Plague in India, 1896, 1897 - Volume 3
Year: 1896
Disease focus: Plague
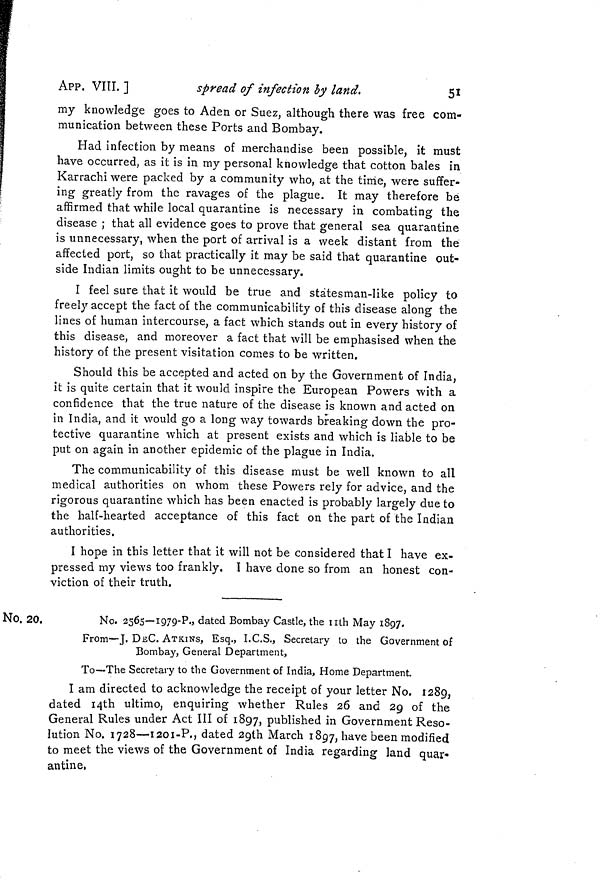
APP. VIII. ]
spread of infection by land.
51
my knowledge goes to Aden or Suez, although there was free com-
munication between these Ports and Bombay.
Had infection by means of merchandise been possible, it must
have occurred, as it is in my personal knowledge that cotton bales in
Karrachi were packed by a community who, at the time, were suffer-
ing greatly from the ravages of the plague. It may therefore be
affirmed that while local quarantine is necessary in combating the
disease ; that all evidence goes to prove that general sea quarantine
is unnecessary, when the port of arrival is a week distant from the
affected port, so that practically it may be said that quarantine out-
side Indian limits ought to be unnecessary.
I feel sure that it would be true and statesman-like policy to
freely accept the fact of the communicability of this disease along the
lines of human intercourse, a fact which stands out in every history of
this disease, and moreover a fact that will be emphasised when the
history of the present visitation comes to be written.
Should this be accepted and acted on by the Government of India,
it is quite certain that it would inspire the European Powers with a
confidence that the true nature of the disease is known and acted on
in India, and it would go a long way towards breaking down the pro-
tective quarantine which at present exists and which is liable to be
put on again in another epidemic of the plague in India.
The communicability of this disease must be well known to all
medical authorities on whom these Powers rely for advice, and the
rigorous quarantine which has been enacted is probably largely due to
the half-hearted acceptance of this fact on the part of the Indian
authorities.
I hope in this letter that it will not be considered that I have ex-
pressed my views too frankly. I have done so from an honest con-
viction of their truth.
No. 20.
No. 2565—1979-P., dated Bombay Castle, the nth May 1897,
From—J. DEC. ATKINS, Esq., I.C.S., Secretary to the Government of
Bombay, General Department,
To—The Secretary to the Government of India, Home Department.
I am directed to acknowledge the receipt of your letter No. 1289,
dated I4th ultimo, enquiring whether Rules 26 and 29 of the
General Rules under Act III of 1897, published in Government Reso-
lution No. 1728—I201-P., dated 29th March 1897, have been modified
to meet the views of the Government of India regarding land quar-
antine,